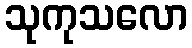
သုကုသလော